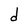
Character: d